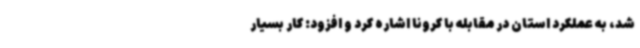
شد، به عملکرد استان در مقابله با کرونا اشاره کرد و افزود: کار بسیار